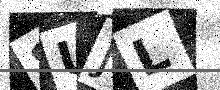
Text: 8UJL